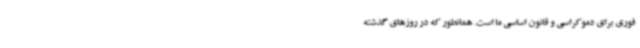
فوری برای دموکراسی و قانون اساسی ما است. همانطور که در روزهای گذشته